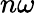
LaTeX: n\omega